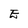
Character: E